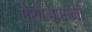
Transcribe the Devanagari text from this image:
ऐशोआरामी